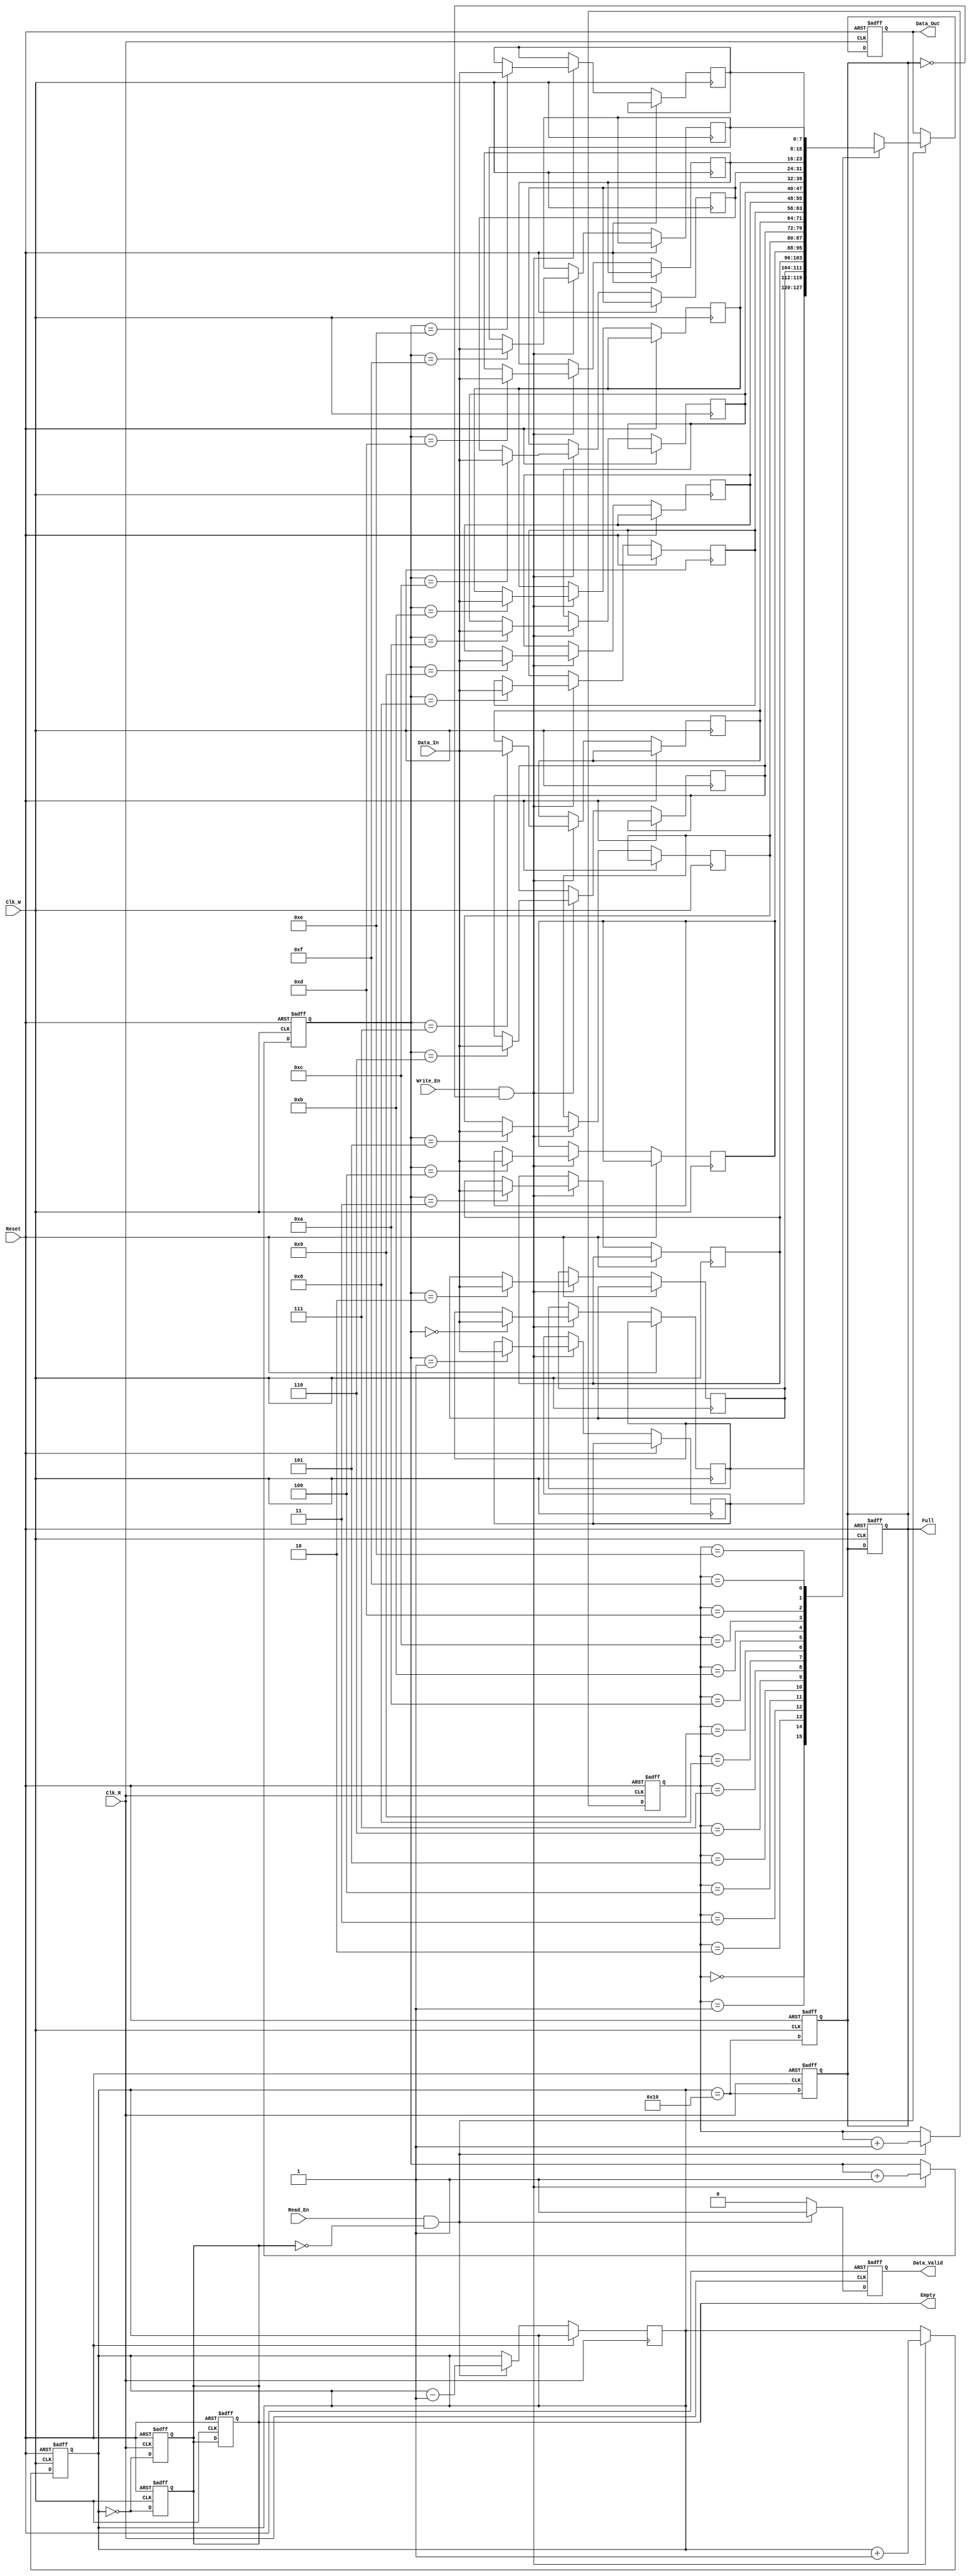
module dual_clock_fifo #(
    parameter DATA_WIDTH = 8,  // Width of the data
    parameter FIFO_DEPTH = 16   // Depth of the FIFO (must be a power of 2)
)(
    input wire Clk_W,           // Write clock
    input wire Clk_R,           // Read clock
    input wire Reset,           // Asynchronous reset
    input wire Write_En,        // Write enable
    input wire Read_En,         // Read enable
    input wire [DATA_WIDTH-1:0] Data_In, // Data input
    output reg [DATA_WIDTH-1:0] Data_Out, // Data output
    output reg Empty,           // FIFO empty flag
    output reg Full,            // FIFO full flag
    output reg Data_Valid       // Data valid signal
);

    // Internal signals
    reg [DATA_WIDTH-1:0] fifo_mem [0:FIFO_DEPTH-1]; // FIFO memory
    reg [clog2(FIFO_DEPTH)-1:0] WPtr;               // Write pointer
    reg [clog2(FIFO_DEPTH)-1:0] RPtr;               // Read pointer
    reg [clog2(FIFO_DEPTH):0] count;                 // Number of elements in FIFO

    // Function to calculate log2
    function integer clog2;
        input integer value;
        begin
            value = value - 1;
            for (clog2 = 0; value > 0; clog2 = clog2 + 1)
                value = value >> 1;
        end
    endfunction

    // Asynchronous reset
    always @(posedge Clk_W or posedge Reset) begin
        if (Reset) begin
            WPtr <= 0;
            count <= 0;
            Full <= 0;
            Empty <= 1;
        end else if (Write_En && !Full) begin
            fifo_mem[WPtr] <= Data_In;
            WPtr <= WPtr + 1;
            count <= count + 1;
        end
    end

    // Update Full and Empty flags
    always @(posedge Clk_W or posedge Reset) begin
        if (Reset) begin
            Full <= 0;
            Empty <= 1;
        end else begin
            Full <= (count == FIFO_DEPTH);
            Empty <= (count == 0);
        end
    end

    // Read operation
    always @(posedge Clk_R or posedge Reset) begin
        if (Reset) begin
            RPtr <= 0;
            Data_Out <= 0;
            Data_Valid <= 0;
        end else if (Read_En && !Empty) begin
            Data_Out <= fifo_mem[RPtr];
            RPtr <= RPtr + 1;
            Data_Valid <= 1;
            count <= count - 1;
        end else begin
            Data_Valid <= 0;
        end
    end

    // Update Full and Empty flags on read
    always @(posedge Clk_R or posedge Reset) begin
        if (Reset) begin
            Full <= 0;
            Empty <= 1;
        end else begin
            Full <= (count == FIFO_DEPTH);
            Empty <= (count == 0);
        end
    end

endmodule